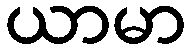
ယာမာ